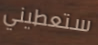
ستعطيني